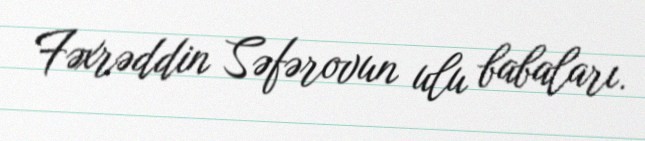
Fəxrəddin Səfərovun ulu babaları.